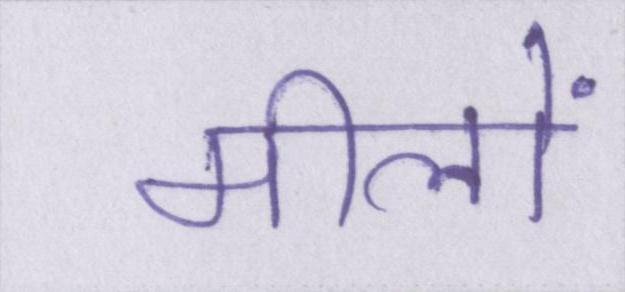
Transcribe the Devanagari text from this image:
मीलों